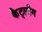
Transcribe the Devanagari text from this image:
कैट्लौग